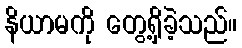
နိယာမကို တွေ့ရှိခဲ့သည်။